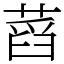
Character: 蓞